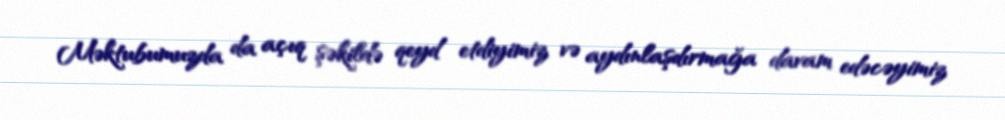
Məktubumuzda da açıq şəkildə qeyd etdiyimiz və aydınlaşdırmağa davam edəcəyimiz